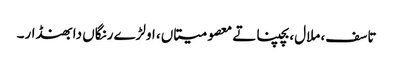
تاسف، ملال، بچپنا تے معصومیتاں، اولڑے رنگاں دا بھنڈار۔